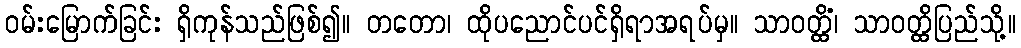
ဝမ်းမြောက်ခြင်း ရှိကုန်သည်ဖြစ်၍။ တတော၊ ထိုပညောင်ပင်ရှိရာအရပ်မှ။ သာဝတ္ထိံ၊ သာဝတ္ထိပြည်သို့။